Rangoon Lunatic Asylum 1893-1897 - 1893-1897
Year: 1893
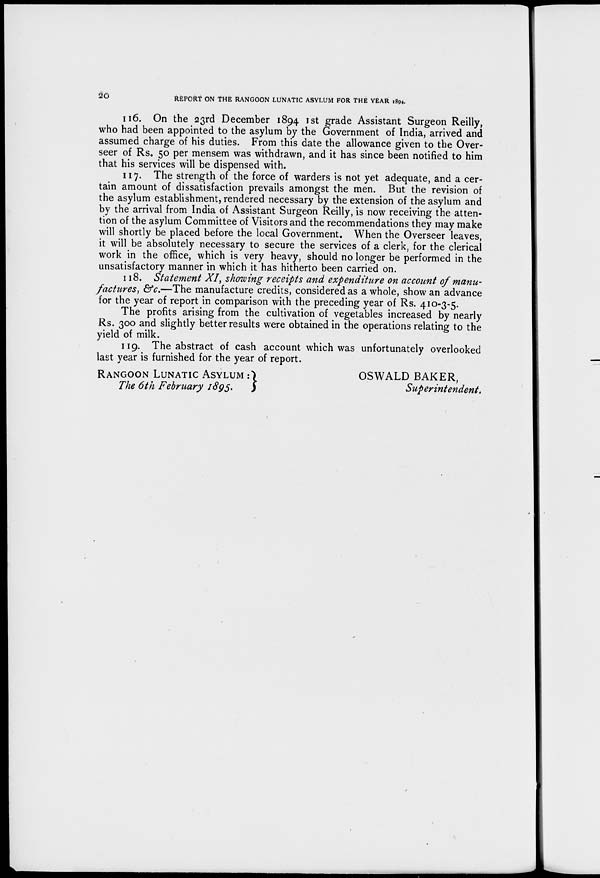
20
REPORT ON THE RANGOON LUNATIC ASYLUM FOR THE YEAR 1894.
116. On the 23rd December 1894 1st grade Assistant Surgeon Reilly,
who had been appointed to the asylum by the Government of India, arrived and
assumed charge of his duties. From this date the allowance given to the Over-
seer of Rs. 50 per mensem was withdrawn, and it has since been notified to him
that his services will be dispensed with.
117. The strength of the force of warders is not yet adequate, and a cer-
tain amount of dissatisfaction prevails amongst the men. But the revision of
the asylum establishment, rendered necessary by the extension of the asylum and
by the arrival from India of Assistant Surgeon Reilly, is now receiving the atten-
tion of the asylum Committee of Visitors and the recommendations they may make
will shortly be placed before the local Government. When the Overseer leaves,
it will be absolutely necessary to secure the services of a clerk, for the clerical
work in the office, which is very heavy, should no longer be performed in the
unsatisfactory manner in which it has hitherto been carried on.
118. Statement XI, showing receipts and expenditure on account of manu-
factures, &c.—The manufacture credits, considered as a whole, show an advance
for the year of report in comparison with the preceding year of Rs. 410-3-5.
The profits arising from the cultivation of vegetables increased by nearly
Rs. 300 and slightly better results were obtained in the operations relating to the
yield of milk.
119. The abstract of cash account which was unfortunately overlooked
last year is furnished for the year of report.
RANGOON LUNATIC ASYLUM :
The 6th February 1895.
OSWALD BAKER,
Superintendent.